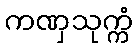
ကဏှသုက္ကံ